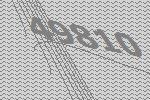
49810